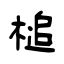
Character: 槌